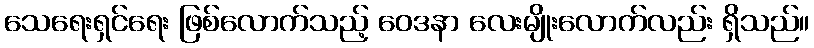
သေရေးရှင်ရေး ဖြစ်လောက်သည့် ဝေဒနာ လေးမျိုးလောက်လည်း ရှိသည်။